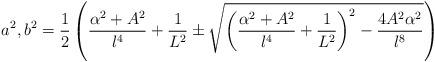
LaTeX: \begin{align*}a^2,b^2=\frac{1}{2}\left(\frac{\alpha^2+A^2}{l^4}+\frac{1}{L^2}\pm\sqrt{\left(\frac{\alpha^2+A^2}{l^4}+\frac{1}{L^2}\right)^2-\frac{4A^2\alpha^2}{l^8}}\right)\end{align*}